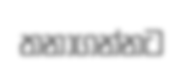
තනාගන්නට